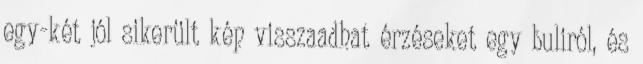
egy-két jól sikerült kép visszaadhat érzéseket egy buliról, és